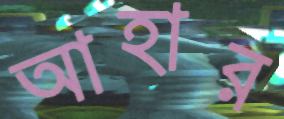
আহার